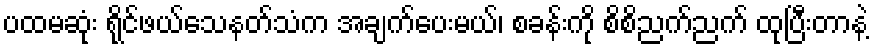
ပထမဆုံး ရိုင်ဖယ်သေနတ်သံက အချက်ပေးမယ်၊ စခန်းကို စိစိညက်ညက် ထုပြီးတာနဲ့